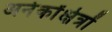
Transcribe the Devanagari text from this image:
अनेकोंक्षेत्रों